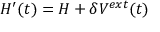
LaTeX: H ^ { \prime } ( t ) = H + \delta V ^ { e x t } ( t )